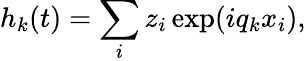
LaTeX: h_{k}(t)=\sum_{i}z_{i}\exp(iq_{k}x_{i}),